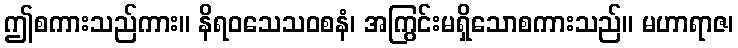
ဤစကားသည်ကား။ နိရဝသေသဝစနံ၊ အကြွင်းမရှိသောစကားသည်။ မဟာရာဇ၊